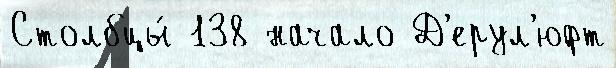
Столбцы́ 138 начало Д'ерул'юфт